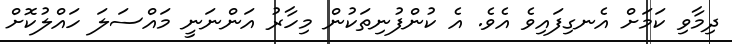
ދިމާވި ކަމަށް އެނގިފައިވެ އެވެ. އެ ކުންފުނިތަކުން މިހާރު އަންނަނީ މައްސަލަ ހައްލުކޮށް